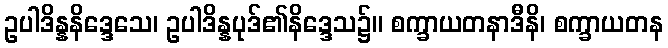
ဥပါဒိန္နနိဒ္ဒေသေ၊ ဥပါဒိန္နပုဒ်၏နိဒ္ဒေသ၌။ စက္ခာယတနာဒီနိ၊ စက္ခာယတန